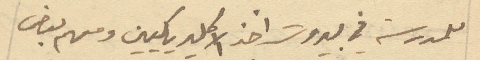
للمدرسه في بيروت اخذ الكليريكيين ومنهم بعض